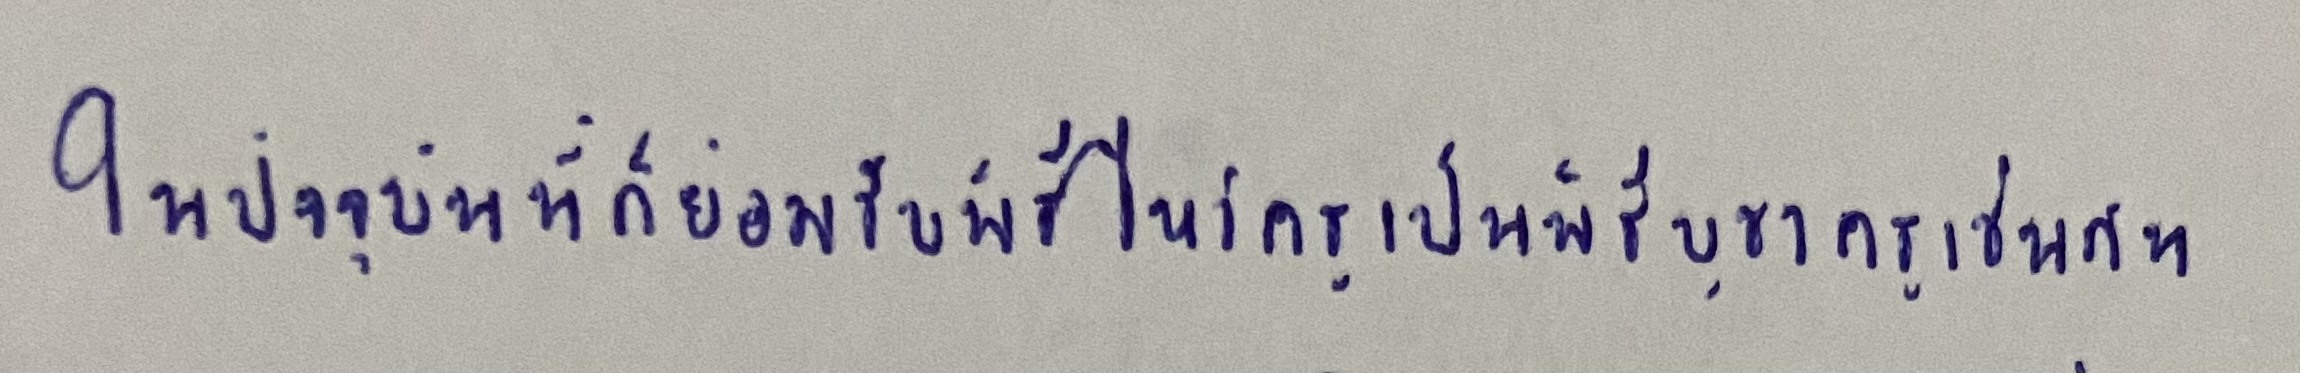
ในปัจจุบันนี้ก็ย่อมรับพิธีไหว้ครูเป็นพิธีบูชาครูเช่นกัน